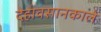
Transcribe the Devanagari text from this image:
देहावसानकाले